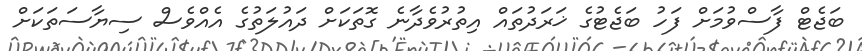
ބަޖެޓް ފާސްވުމަށް ފަހު ބަޖެޓުގެ ޚަރަދުތައް އިތުރުވެދާނެ ގޮތަކަށް ދައުލަތުގެ އެއްވެސް ސިޔާސަތަކަށް